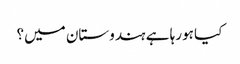
کیا ہورہا ہے ہندوستان میں؟